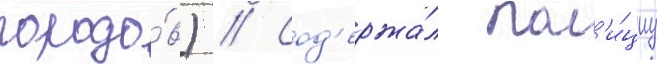
городо́в) // Сод'ержа́л пол'и́циу